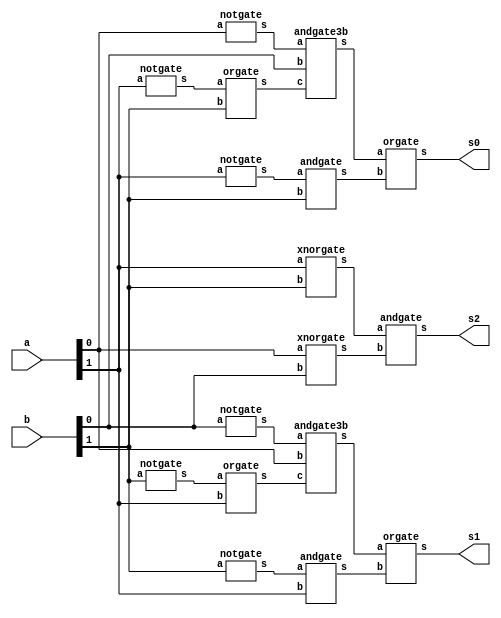
// -------------------------
// Exemplo0037  Comparador
// Nome: Roger Rubens Machado
// ------------------------- 
 
module comparador (output s0, output s1, output s2, input [1:0] a, input [1:0] b);

        wire w0,w1,w2,w3,w4,w5,w6,w7,n1,n2,n3,n4,n5,n6;
        notgate NOT1(n1,a[1]);
        orgate OR1(w0,n1,b[1]);
        notgate NOT2(n2,a[0]);
        andgate3b AND1(w1,n2,b[0],w0);
        notgate NOT3(n3,a[1]);
        andgate AND2(w2,n3,b[1]);
        orgate OR2(s0,w1,w2);
        
        notgate NOT4(n4,b[1]);
        orgate OR3(w3,n4,a[1]);
        notgate NOT5(n5,b[0]);
        andgate3b AND3(w4,n5,a[0],w3);
        notgate NOT6(n6,b[1]);
        andgate AND4(w5,n6,a[1]);
        orgate OR4(s1,w4,w5);

        xnorgate XOR1(w6,a[1],b[1]);
        xnorgate XOR2(w7,a[0],b[0]);
        andgate AND5(s2,w6,w7);
		  
endmodule //comparador

module norgate (output s,input a, input b);
  assign s = ~(a|b);
endmodule

module norgate3b (output s, input a, input b, input c);
  wire x;
  norgate NOR1(x,a,b);
  norgate NOR2(s,x,c);
endmodule

module norgate4b (output s,input a,input b,input c,input d);

  wire x,y;
  norgate NOR1(x,a,b);
  norgate NOR2(y,x,c);
  norgate NOR3(s,y,d);
endmodule


module notgate (output s,input a);
  assign s = ~a;
endmodule

module andgate3b (output s,input a,input b,input c);
  wire x;
  andgate AND1(x,a,b);
  andgate AND2(s,x,c);
endmodule

module andgate (output s, input a, input b);
  assign s = a & b;
endmodule

module xorgate (output s, input a, input b);
  assign s = a ^ b;
endmodule

module xnorgate (output s, input a, input b);
  assign s = ~(a ^ b);
endmodule

module orgate (output s, input a,  input b);
  assign s = a | b;
endmodule

module orgate3b (output s, input a, input b, input c);
  wire x;
  orgate OR1(x,a,b);
  orgate OR2(s,x,c);
endmodule

module teste_comparador;
// ------------------------- definir dados
      reg [1:0] x = 2'b00, y = 2'b00;
      wire s0,s1,s2;

      comparador comp(s0,s1,s2,x,y);

// ------------------------- parte principal 
 initial begin 
      $display("Exemplo0037 - Roger Rubens Machado - 430533");
      $display("Comparador\n");
		
      $monitor("%2b %2b -> maior=%1b maior=%1b igual=%1b",x,y,s1,s0,s2);
		
      #1 x=2'b00;    y = 2'b00;
      #1 x=2'b00;    y = 2'b01;
		#1 x=2'b10;    y = 2'b00;
      #1 x=2'b10;    y = 2'b11;
      #1 x=2'b11;    y = 2'b01;
      #1 x=2'b11;    y = 2'b10;
      #1 x=2'b01;    y = 2'b01;
      #1 x=2'b01;    y = 2'b10; 
 end
 
endmodule